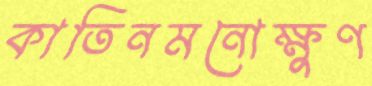
কাতিনমনোক্ষুণ